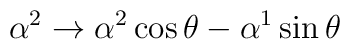
\alpha^2\rightarrow \alpha^2 \cos\theta -\alpha^1\sin\theta